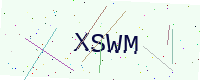
Text: XSWM